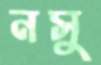
নসু